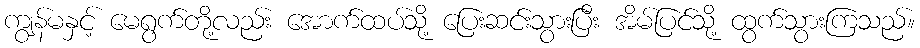
ကျွန်မနှင့် မေရွက်တို့လည်း အောက်ထပ်သို့ ပြေးဆင်းသွားပြီး အိမ်ပြင်သို့ ထွက်သွားကြသည်။